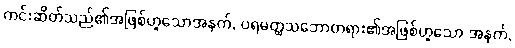
ကင်းဆိတ်သည်၏အဖြစ်ဟူသောအနက်, ပရမတ္ထသဘောတရား၏အဖြစ်ဟူသော အနက်,